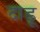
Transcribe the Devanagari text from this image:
दाडू